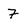
Character: 7